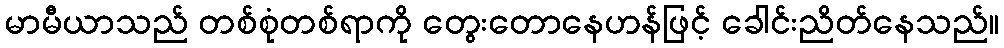
မာမီယာသည် တစ်စုံတစ်ရာကို တွေးတောနေဟန်ဖြင့် ခေါင်းညိတ်နေသည်။